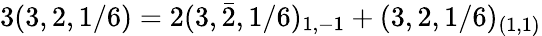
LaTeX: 3(3,2,1/6)=2(3,\bar{2},1/6)_{1,-1}+(3,2,1/6)_{(1,1)}